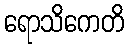
ရောသိကေတိ